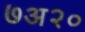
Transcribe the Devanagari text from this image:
७अ२०